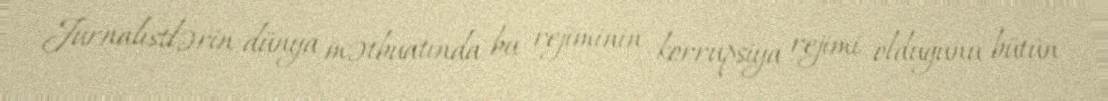
Jurnalistlərin dünya mətbuatında bu rejiminin korrupsiya rejimi olduğunu bütün